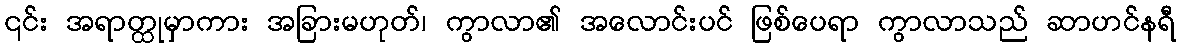
၎င်း အရာတ္ထုမှာကား အခြားမဟုတ်၊ ကွာလာ၏ အလောင်းပင် ဖြစ်ပေရာ ကွာလာသည် ဆာဟင်နရီ